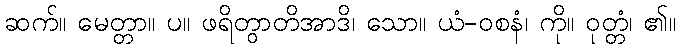
ဆက်။ မေတ္တာ။ ပ။ ဖရိတွာတိအာဒိ၊ သော။ ယံ-ဝစနံ၊ ကို။ ဝုတ္တံ၊ ၏။